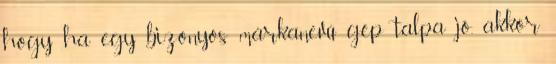
hogy ha egy bizonyos márkanevű gép talpa jó, akkor